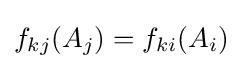
f_{kj}(A_{j})=f_{ki}(A_{i})